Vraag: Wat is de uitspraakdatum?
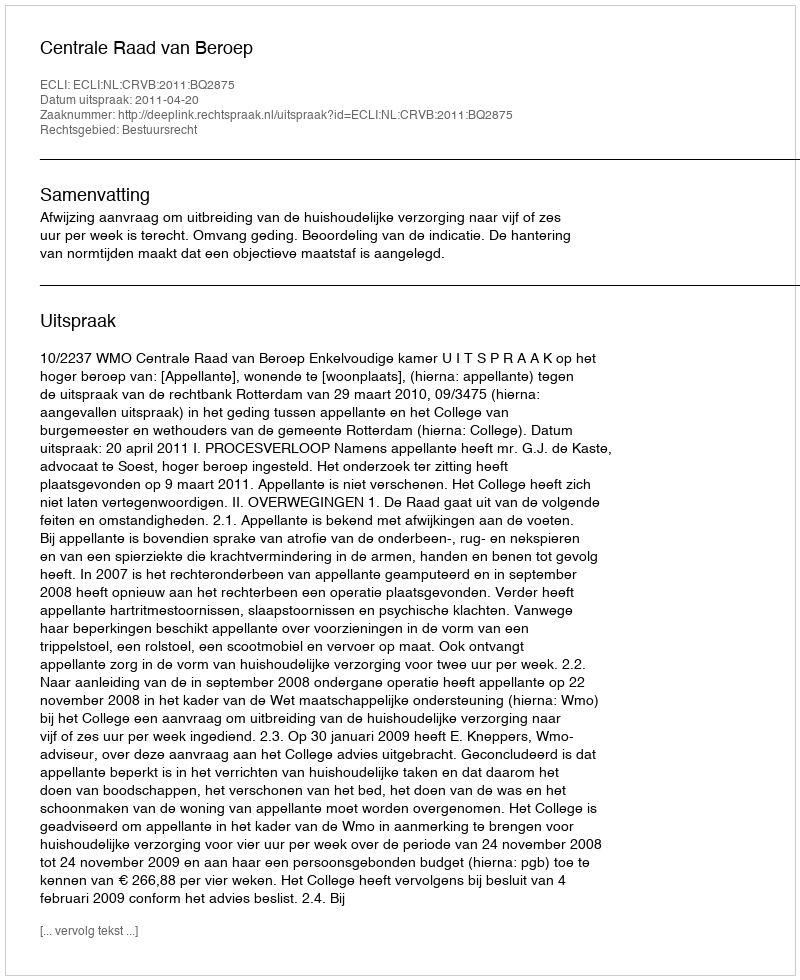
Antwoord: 2011-04-20